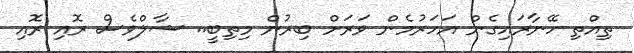
ތިއްތި ހޭނާރައިގެން އަހަރުމެން ވަރަށް ބިރުން މިތިބީ.. ޝާލްވެސް ރޮއި ރޮއި